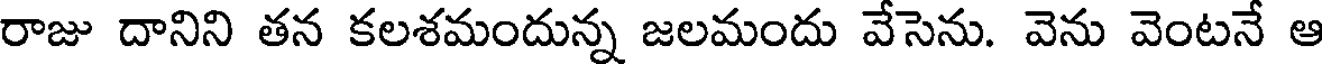
రాజు దానిని తన కలశమందున్న జలమందు వేసెను. వెను వెంటనే ఆ